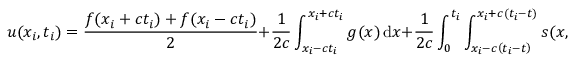
u ( x _ { i } , t _ { i } ) = { \frac { f ( x _ { i } + c t _ { i } ) + f ( x _ { i } - c t _ { i } ) } { 2 } } + { \frac { 1 } { 2 c } } \int _ { x _ { i } - c t _ { i } } ^ { x _ { i } + c t _ { i } } g ( x ) \, \mathrm { d } x + { \frac { 1 } { 2 c } } \int _ { 0 } ^ { t _ { i } } \int _ { x _ { i } - c \left( t _ { i } - t \right) } ^ { x _ { i } + c \left( t _ { i } - t \right) } s ( x , t ) \, \mathrm { d } x \, \mathrm { d } t .